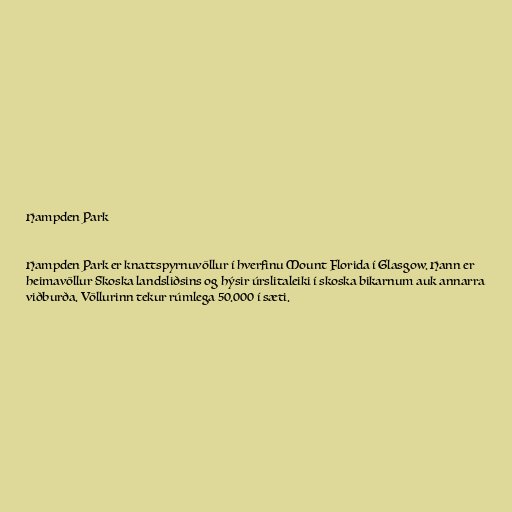
Hampden Park

Hampden Park er knattspyrnuvöllur í hverfinu Mount Florida í Glasgow. Hann er
heimavöllur Skoska landsliðsins og hýsir úrslitaleiki í skoska bikarnum auk annarra
viðburða. Völlurinn tekur rúmlega 50.000 í sæti.